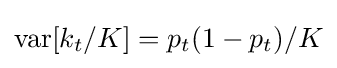
\operatorname {var} [k_{t}/K]=p_{t}(1-p_{t})/K